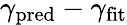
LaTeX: \gamma_{\mathrm{pred}}-\gamma_{\mathrm{fit}}